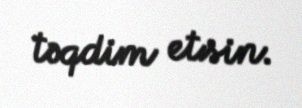
təqdim etsin.